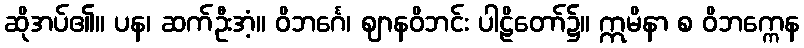
ဆိုအပ်၏။ ပန၊ ဆက်ဦးအံ့။ ဝိဘင်္ဂေ၊ ဈာနဝိဘင်း ပါဠိတော်၌။ ဣမိနာ စ ဝိဘက္ကေန